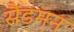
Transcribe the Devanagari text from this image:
सैंडमन